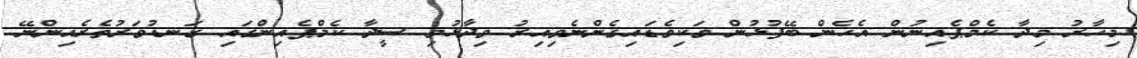
މިހާރު މިދާ ކެމްޕެއިނުން އެހެން ބޭފުޅުން ވަކިވެޑައިގެންނެވިއިރު ވިދާޅުވި ސީދާ ކެމްޕެއިންގައި ގަނޑުވަރުތެރެއިންނޭ